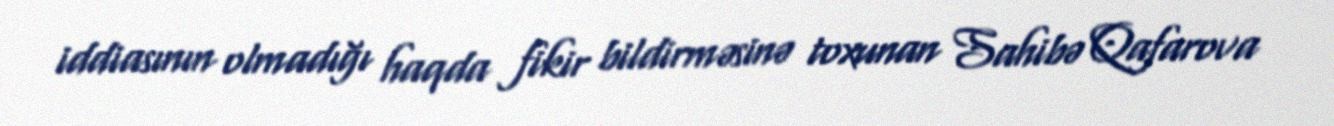
iddiasının olmadığı haqda fikir bildirməsinə toxunan Sahibə Qafarova